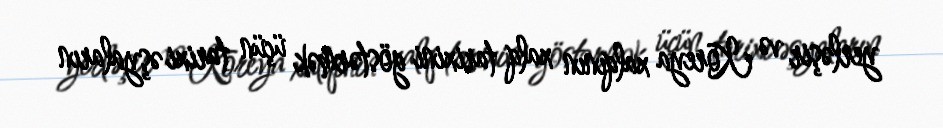
yerləşir və Koreya xalqının xalq tarixini göstərmək üçün tarixi əşyaların